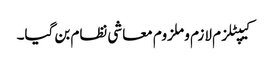
کیپٹلزم لازم و ملزوم معاشی نظام بن گیا۔